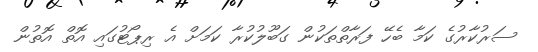
ސަރުކާރުގެ ކަމާ ބެހޭ ފަރާތްތަކުން ގަބޫލުކުރާ ކަމަށް އެ ރިޕޯޓުގައި އޮތް އޮތުން